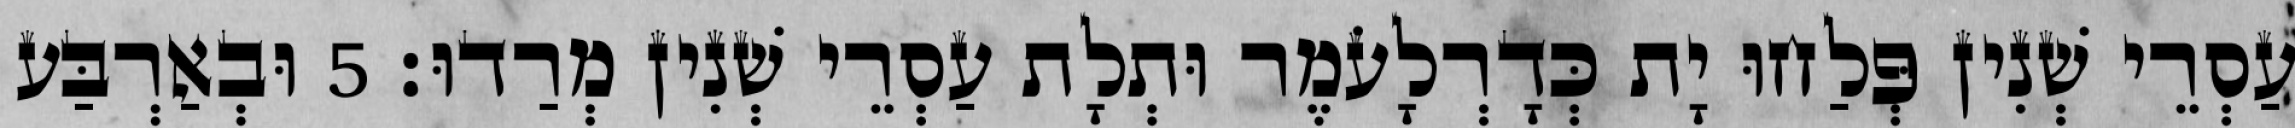
עַסְרֵי שְׁנִין פְּלַחוּ יָת כְּדָרְלָעֹמֶר וּתְלָת עַסְרֵי שְׁנִין מְרַדוּ׃ 5 וּבְאַרְבַּע